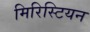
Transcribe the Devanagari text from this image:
मिरिस्टियन